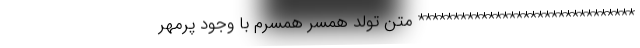
******************************* متن تولد همسر همسرم با وجود پرمهر